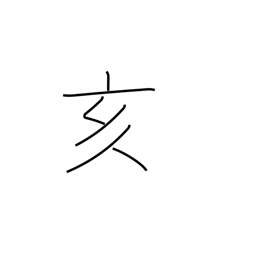
Meaning: 9-11PM